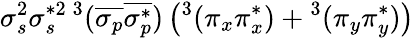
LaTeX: \sigma_{s}^{2}\sigma_{s}^{*2}{}\, ^{3}(\overline{{\sigma_{p}}}\overline{{\sigma_{p}^{*}}})\left(^3(\pi_{x}\pi_{x}^{*})+{}^{3}(\pi_{y}\pi_{y}^{*})\right)